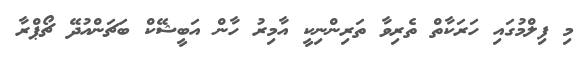
މި ފިލްމުގައި ހަރަކާތް ތެރިވާ ތަރިންނިކީ އާމިރު ހާން އަބީޝޭކް ބަޗަންއުދޭ ޗޯޕްރާ